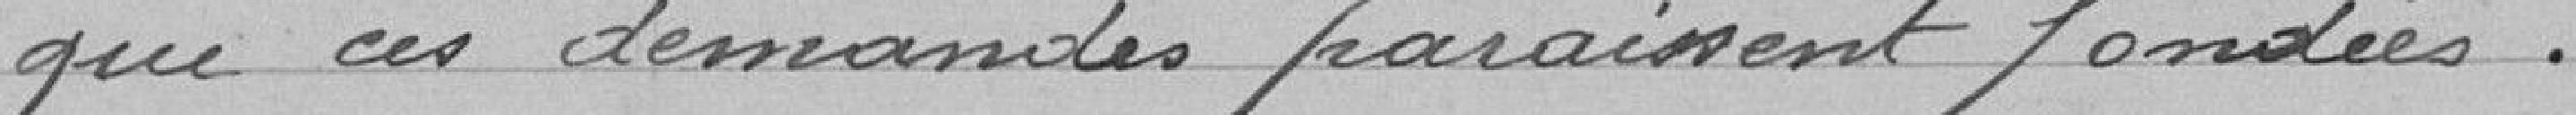
que ces demandes paraissent fondées.